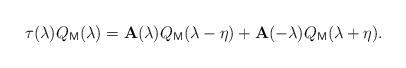
LaTeX: \begin{align*}\tau (\lambda )Q_{\mathsf{M}}(\lambda )=\mathbf{A}(\lambda )Q_{\mathsf{M}}(\lambda -\eta )+\mathbf{A}(-\lambda )Q_{\mathsf{M}}(\lambda +\eta ).\end{align*}